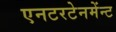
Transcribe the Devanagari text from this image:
एनटरटेनमेंन्ट